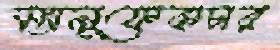
ম্যানুফেকচার